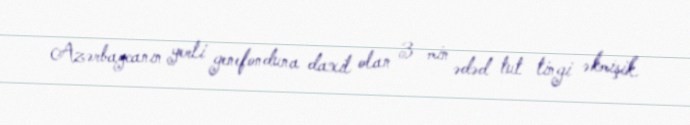
Azərbaycanın yerli genefonduna daxil olan 3 min ədəd tut tingi əkmişik.